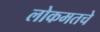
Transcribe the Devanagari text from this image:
लोकमतचे